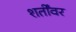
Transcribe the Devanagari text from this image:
शर्तींवर